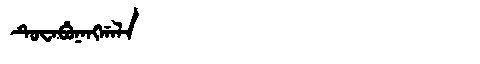
Manchu: ᡨᡠᠸᠠᠪᡠᠨᠠᠩᡤᠠᠯᠠ
Romanization: TUWABUNANGGALA